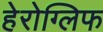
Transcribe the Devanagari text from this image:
हेरोग्लिफ